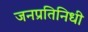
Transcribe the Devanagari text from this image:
जनप्रतिनिधी